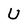
Character: U